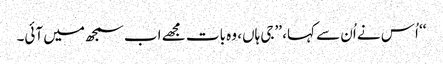
‘‘ اُس نے اُن سے کہا، ’’جی ہاں، وہ بات مجھے اب سمجھ میں آئی۔